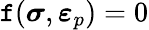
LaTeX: \mathtt{f}({\boldsymbol{\sigma}},{\boldsymbol{\varepsilon}}_{p})=0